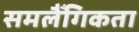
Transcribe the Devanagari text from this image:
समलैँगिकता